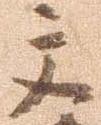
文